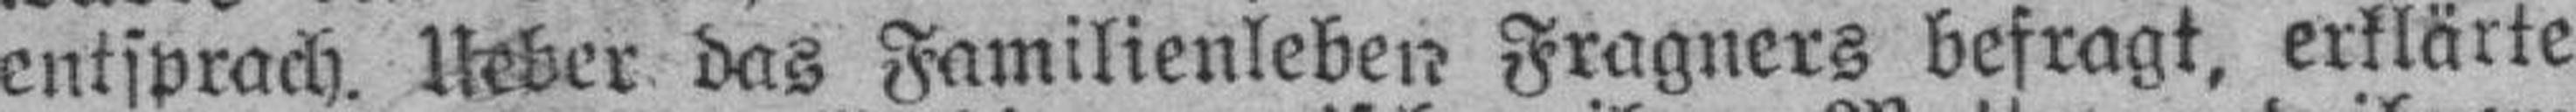
entsprach. Ueber das Familienleben Fragners befragt, erklärte